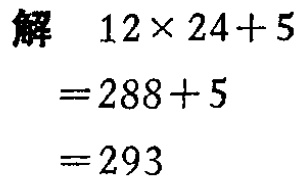
\[

\begin{align*}

\text{解}\quad&12\times24 + 5\\

=&288+5\\

=&293

\end{align*}

\]